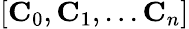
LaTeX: [\textbf{C}_{0},\textbf{C}_{1},...\textbf{C}_{n}]